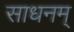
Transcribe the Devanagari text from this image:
साधनम्